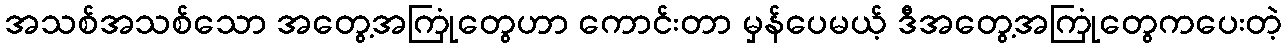
အသစ်အသစ်သော အတွေ့အကြုံတွေဟာ ကောင်းတာ မှန်ပေမယ့် ဒီအတွေ့အကြုံတွေကပေးတဲ့